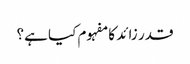
قدر زائد کا مفہوم کیا ہے؟